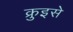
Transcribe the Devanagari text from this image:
क्रुइसे